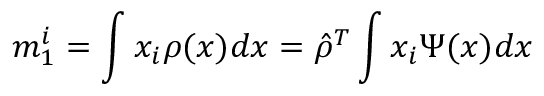
m _ { 1 } ^ { i } = \int x _ { i } \rho ( x ) d x = \hat { \rho } ^ { T } \int x _ { i } \Psi ( x ) d x